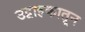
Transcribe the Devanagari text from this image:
उद्वाहकातून